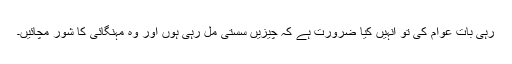
رہی بات عوام کی تو انہیں کیا ضرورت ہے کہ چیزیں سستی مل رہی ہوں اور وہ مہنگائی کا شور مچائیں۔